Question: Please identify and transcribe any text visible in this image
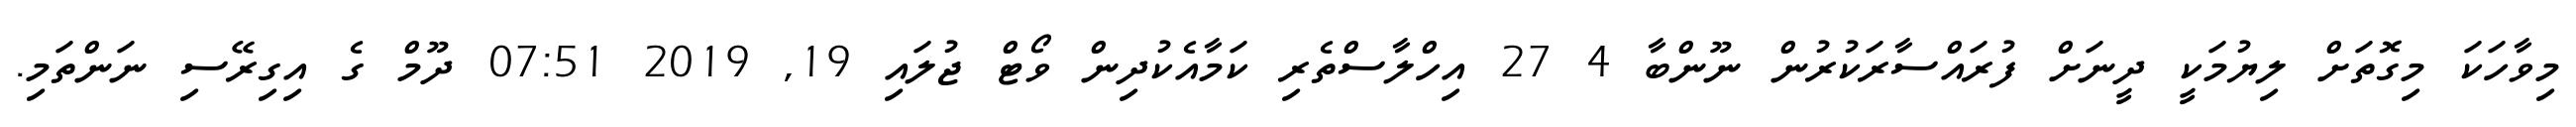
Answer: މިވާހަކަ މިގޮތަށް ލިޔުމަކީ ދީނަށް ފުރައްސާރަކުރުން ނޫންބާ 4 27 އިހްލާސްތެރި ކަމާއެކުދިން ވޯޓް ޖުލައި 19, 2019 07:51 ދޫމް ގެ އިގިރޭސި ނަންތަމި.